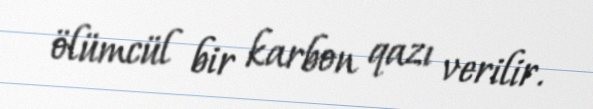
ölümcül bir karbon qazı verilir.